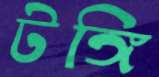
টঙ্গি